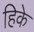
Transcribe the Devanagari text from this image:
हिके